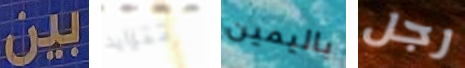
بين تتزايد باليمين رجل